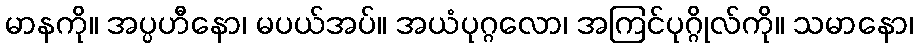
မာနကို။ အပ္ပဟီနော၊ မပယ်အပ်။ အယံပုဂ္ဂလော၊ အကြင်ပုဂ္ဂိုလ်ကို။ သမာနော၊